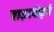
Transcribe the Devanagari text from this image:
वाइटबोर्ड्स